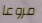
مروعا